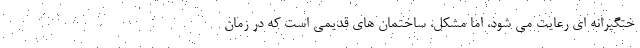
ختگیرانه ای رعایت می شود، اما مشکل، ‌ساختمان های قدیمی است که در زمان